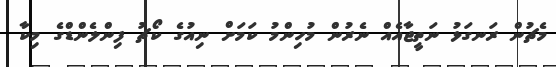
މެޗުން ރަނގަޅު ނަތީޖާއެއް ނެރުން މުހިންމު ކަމަށް ނިއުގެ ކޯޗު ފިންލެންޑްގެ މިކާ